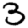
Digit: 3